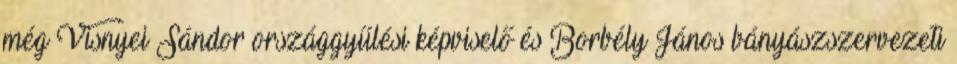
még Visnyei Sándor országgyűlési képviselő és Borbély János bányászszervezeti